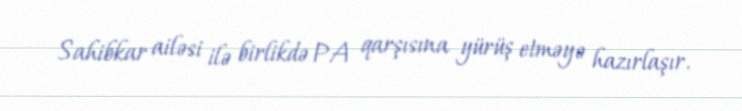
Sahibkar ailəsi ilə birlikdə PA qarşısına yürüş etməyə hazırlaşır.